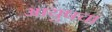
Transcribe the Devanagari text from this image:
आयुषचा